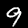
Label: 9